Rangoon Lunatic Asylum 1878-1892 - 1878-1892
Year: 1878
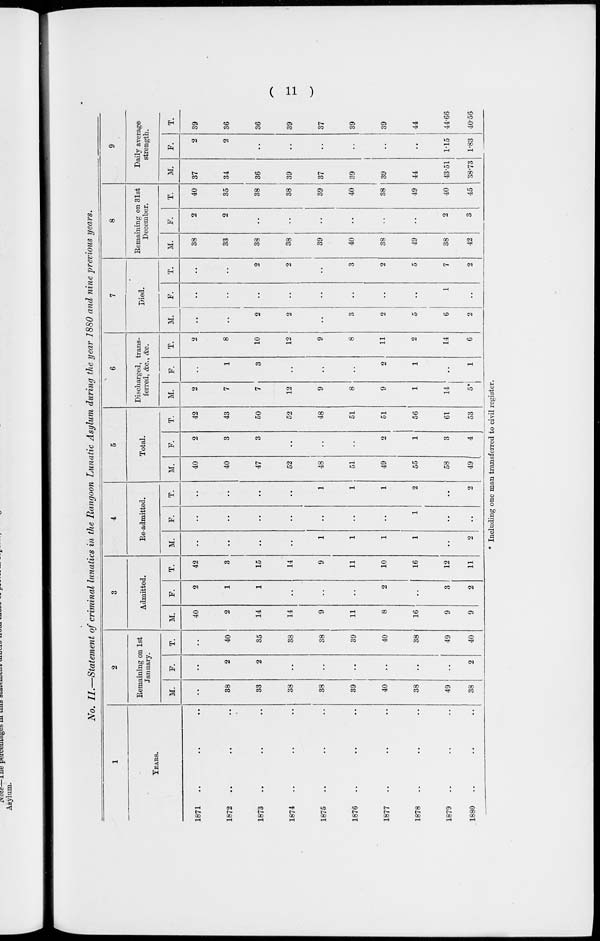
( 11 )
No. II.—Statement of criminal lunatics in the Rangoon Lunatic Asylum during the year 1880 and nine previous years.
1
YEARS.
1871 .. .. ..
1872 .. .. ..
1873 .. .. ..
1874 .. .. ..
1875 .. .. ..
1876 .. .. ..
1877 .. .. ..
1878 .. .. ..
1879 .. .. ..
1880 .. .. ..
2
Remaining on 1st
January.
M.
..
38
33
38
38
39
40
38
49
38
F.
..
2
2
..
..
..
..
..
..
2
T.
..
40
35
38
38
39
40
38
49
40
3
Admitted.
M.
40
2
14
14
9
11
8
16
9
9
F.
2
1
1
..
..
..
2
..
3
2
T.
42
3
15
14
9
11
10
16
12
11
4
Re-admitted.
M.
..
..
..
..
1
1
1
1
..
2
F.
..
..
..
..
..
..
..
1
..
..
T.
..
..
..
..
1
1
1
2
..
2
5
Total.
M.
40
40
47
52
48
51
49
55
58
49
F.
2
3
3
..
..
..
2
1
3
4
T.
42
43
50
52
48
51
51
56
61
53
6
Discharged, trans-
ferred, &c., &c.
M.
2
7
7
12
9
8
9
1
14
5*
F.
..
1
3
..
..
..
2
1
..
1
T.
2
8
10
12
9
8
11
2
14
6
7
Died.
M.
..
..
2
2
..
3
2
5
6
2
F.
..
..
..
..
..
..
..
..
1
..
T.
..
..
2
2
..
3
2
5
7
2
8
Remaining on 31st
December.
M.
38
33
38
38
39
40
38
49
38
42
F.
2
2
..
..
..
..
..
..
2
3
T.
40
35
38
38
39
40
38
49
40
45
9
Daily average
strength.
M.
37
34
36
39
37
39
39
44
43.51
38.73
F.
2
2
..
..
..
..
..
..
1.15
1.83
T.
39
36
36
39
37
39
39
44
44.66
40.56
* Including one man transferred to civil register.